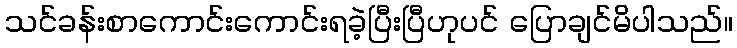
သင်ခန်းစာကောင်းကောင်းရခဲ့ပြီးပြီဟုပင် ပြောချင်မိပါသည်။